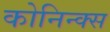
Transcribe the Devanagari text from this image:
कोनिन्क्स